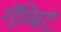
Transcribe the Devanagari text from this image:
गॅम्बिट